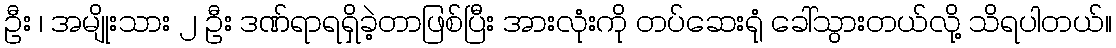
ဦး ၊ အမျိုးသား ၂ ဦး ဒဏ်ရာရရှိခဲ့တာဖြစ်ပြီး အားလုံးကို တပ်ဆေးရုံ ခေါ်သွားတယ်လို့ သိရပါတယ်။